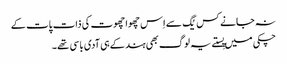
نہ جانے کس یُگ سے اِس چھوا چھوت کی ذات پات کے
چکی میں پِستے یہ لوگ بھی ہند کے ہی آدی باسی تھے ۔